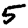
Digit: 5